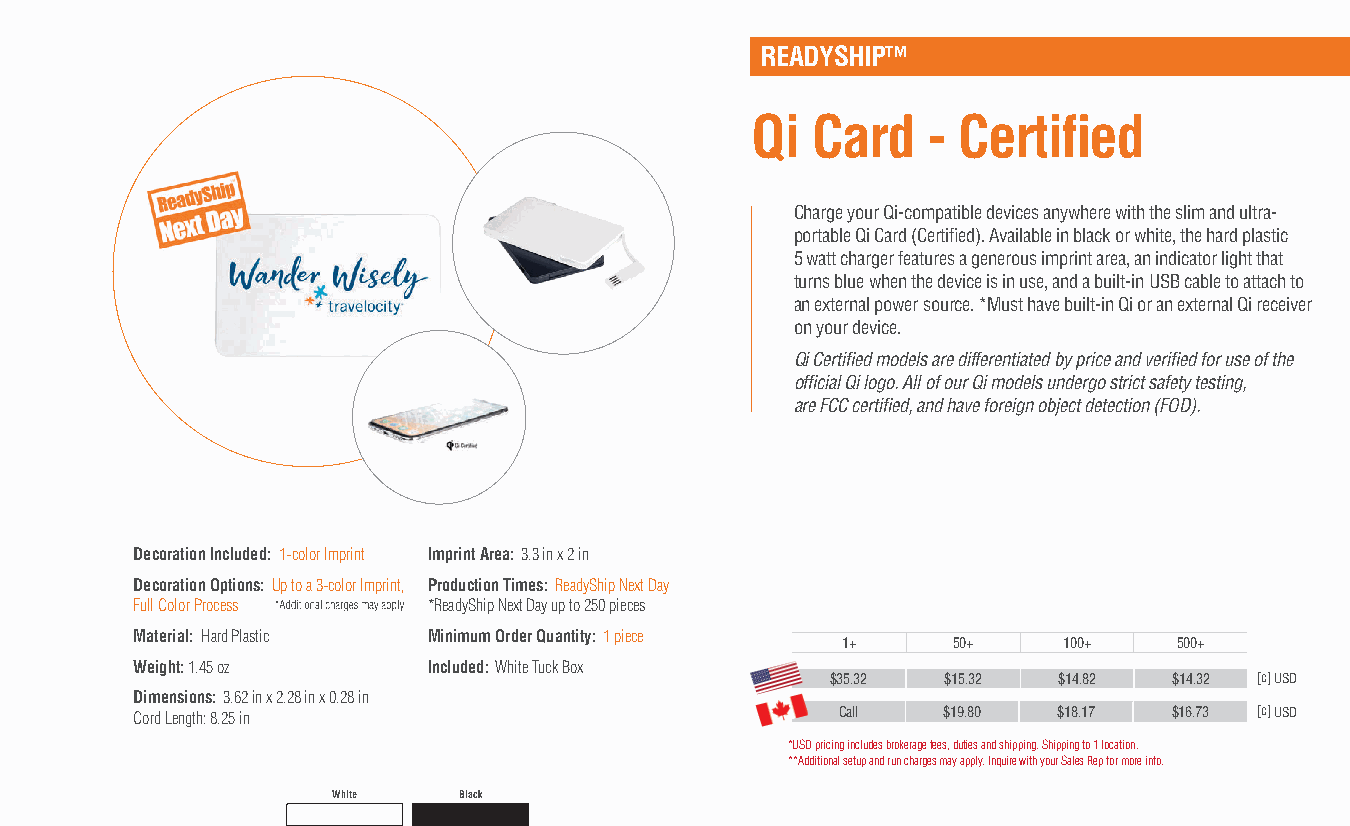
READYSHIP™
 Qi  Card   - Certified
 Charge your Qi-compatible devices anywhere with the slim and ultra-
 portable Qi Card (Certified). Available in black or white, the hard plastic
 5 watt charger features a generous imprint area, an indicator light that
 turns blue when the device is in use, and a built-in USB cable to attach to
 an external power source. *Must have built-in Qi or an external Qi receiver
 on your device.
 Qi Certified models are differentiated by price and verified for use of the
 official Qi logo. All of our Qi models undergo strict safety testing,
 are FCC certified, and have foreign object detection (FOD).
 Decoration Included: 1-color Imprint Imprint Area: 3.3 in x 2 in
 Decoration Options: Up to a 3-color Imprint, Production Times: ReadyShip Next Day
 Full Color Process *ReadyShip Next Day up to 250 pieces
 Material: Hard Plastic Minimum Order Quantity: 1 piece
 1+     50+    100+    500+
 Weight: 1.45 oz    Included: White Tuck Box
 $35.32  $15.32 $14.82  $14.32 [c] USD
 Dimensions: 3.62 in x 2.28 in x 0.28 in
 Cord Length: 8.25 in                           Call  $19.80  $18.17  $16.73 [c] USD
 *USD pricing includes brokerage fees, duties and shipping. Shipping to 1 location.
 **Additional setup and run charges may apply. Inquire with your Sales Rep for more info.
 White   Black